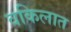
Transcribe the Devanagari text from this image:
वकिलात